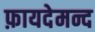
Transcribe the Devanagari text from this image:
फ़ायदेमन्द